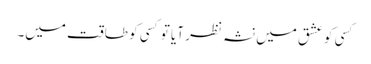
کسی کو عشق میں نشہ نظر آیا تو کسی کو طاقت میں۔